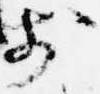
前